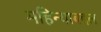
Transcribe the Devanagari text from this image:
महिन्याबद्दल